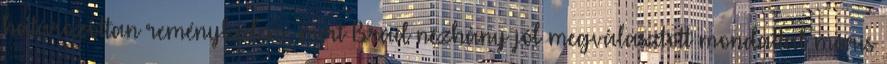
határozottan reménykedem, mert Brad nézhány jól megválasztott mondattal máris